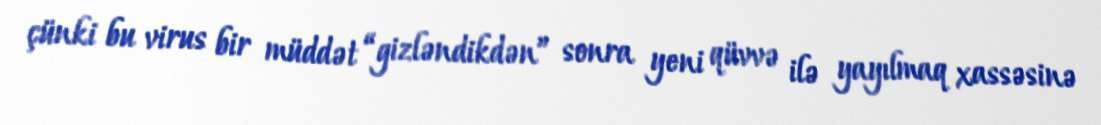
çünki bu virus bir müddət “gizləndikdən” sonra yeni qüvvə ilə yayılmaq xassəsinə